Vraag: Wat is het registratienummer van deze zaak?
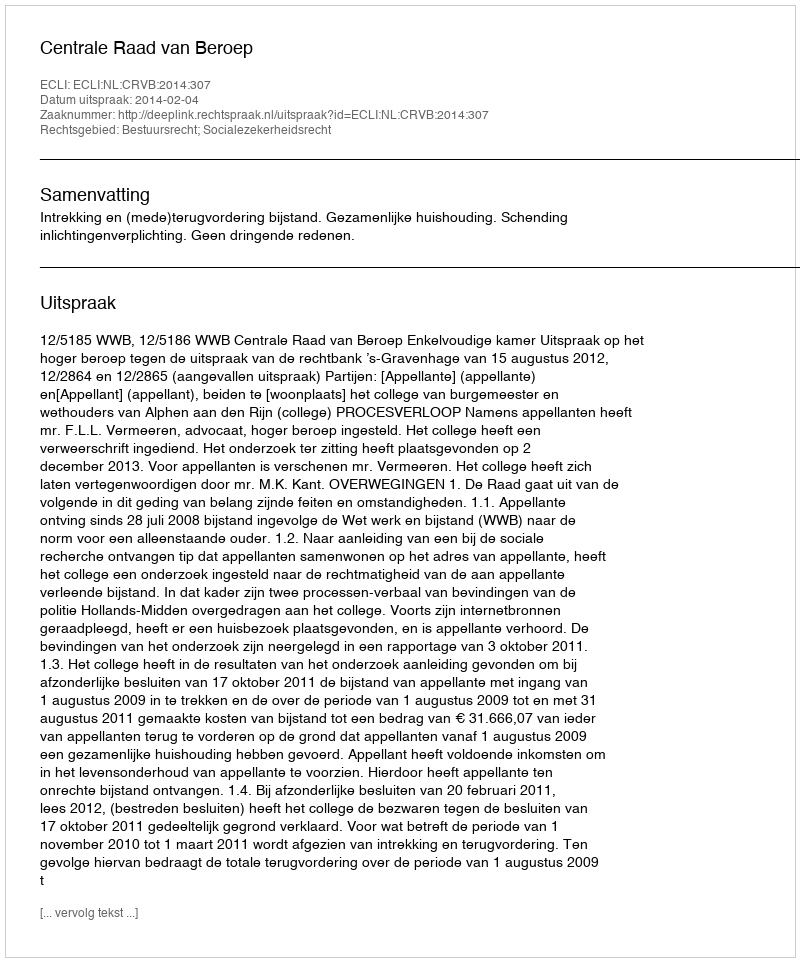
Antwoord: http://deeplink.rechtspraak.nl/uitspraak?id=ECLI:NL:CRVB:2014:307